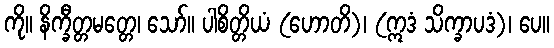
ကို။ နိက္ခီတ္တမတ္တေ၊ သော်။ ပါစိတ္တိယံ (ဟောတိ)၊ (ဣဒံ သိက္ခာပဒံ)၊ ပေ။